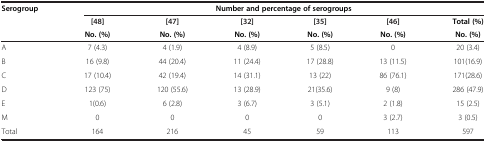
| <ROWSPAN=3> Serogroup | <COLSPAN=6> Number and percentage of serogroups |
 | [48] | [47] | [32] | [35] | [46] | Total (%) |
 | No. (%) | No. (%) | No. (%) | No. (%) | No. (%) | No. (%) |
 | --- | --- | --- | --- | --- | --- | --- |
 | A | 7 (4.3) | 4 (1.9) | 4 (8.9) | 5 (8.5) | 0 | 20 (3.4) |
 | B | 16 (9.8) | 44 (20.4) | 11 (24.4) | 17 (28.8) | 13 (11.5) | 101(16.9) |
 | C | 17 (10.4) | 42 (19.4) | 14 (31.1) | 13 (22) | 86 (76.1) | 171(28.6) |
 | D | 123 (75) | 120 (55.6) | 13 (28.9) | 21(35.6) | 9 (8) | 286 (47.9) |
 | E | 1(0.6) | 6 (2.8) | 3 (6.7) | 3 (5.1) | 2 (1.8) | 15 (2.5) |
 | M | 0 | 0 | 0 | 0 | 3 (2.7) | 3 (0.5) |
 | Total | 164 | 216 | 45 | 59 | 113 | 597 |